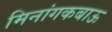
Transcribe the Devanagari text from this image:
मिनांगकबाऊ